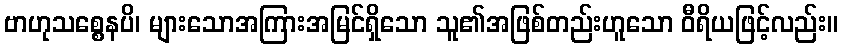
ဗာဟုသစ္စေနပိ၊ များသောအကြားအမြင်ရှိသော သူ၏အဖြစ်တည်းဟူသော ဝီရိယဖြင့်လည်း။